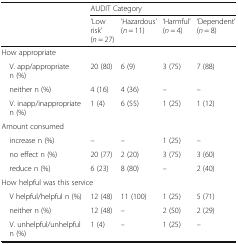
<table><thead><tr><td rowspan="2"></td><td colspan="4"><b>AUDIT Category</b></td></tr><tr><td><b>‘Low risk’(<i>n</i> = 27)</b></td><td><b>‘Hazardous’(<i>n</i> = 11)</b></td><td><b>‘Harmful’(<i>n</i> = 4)</b></td><td><b>‘Dependent’(<i>n</i> = 8)</b></td></tr></thead><tbody><tr><td colspan="5">How appropriate</td></tr><tr><td> V. app/appropriate n (%)</td><td>20 (80)</td><td>6 (9)</td><td>3 (75)</td><td>7 (88)</td></tr><tr><td> neither n (%)</td><td>4 (16)</td><td>4 (36)</td><td>–</td><td>–</td></tr><tr><td> V. inapp/inappropriate n (%)</td><td>1 (4)</td><td>6 (55)</td><td>1 (25)</td><td>1 (12)</td></tr><tr><td colspan="5">Amount consumed</td></tr><tr><td> increase n (%)</td><td>–</td><td>–</td><td>1 (25)</td><td>–</td></tr><tr><td> no effect n (%)</td><td>20 (77)</td><td>2 (20)</td><td>3 (75)</td><td>3 (60)</td></tr><tr><td> reduce n (%)</td><td>6 (23)</td><td>8 (80)</td><td>–</td><td>2 (40)</td></tr><tr><td colspan="5">How helpful was this service</td></tr><tr><td> V helpful/helpful n (%)</td><td>12 (48)</td><td>11 (100)</td><td>1 (25)</td><td>5 (71)</td></tr><tr><td> neither n (%)</td><td>12 (48)</td><td>–</td><td>2 (50)</td><td>2 (29)</td></tr><tr><td> V. unhelpful/unhelpful n (%)</td><td>1 (4)</td><td>–</td><td>1 (25)</td><td>–</td></tr></tbody></table>